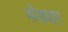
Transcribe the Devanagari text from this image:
वोड्यार